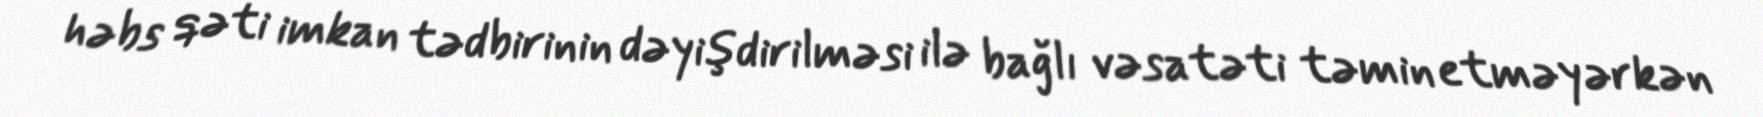
həbs qəti imkan tədbirinin dəyişdirilməsi ilə bağlı vəsatəti təmin etməyərkən